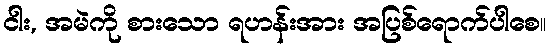
ငါး, အမဲကို စားသော ရဟန်းအား အပြစ်ရောက်ပါစေ။